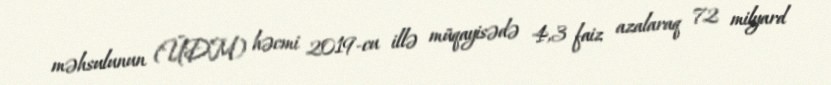
məhsulunun (ÜDM) həcmi 2019-cu illə müqayisədə 4,3 faiz azalaraq 72 milyard